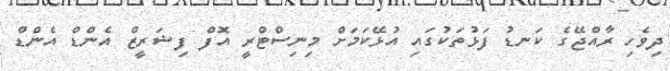
ދިވެހި ރާއްޖޭގެ ކަނޑު ފަޅުތަކުގައި އުޅޭކަމަށް މިނިސްޓްރީ އޮފް ފިޝަރީޒް އެންޑް އެންޑް